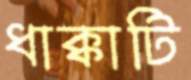
ধাক্কাটি